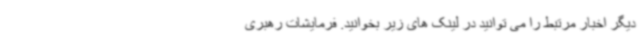
دیگر اخبار مرتبط را می توانید در لینک های زیر بخوانید. فرمایشات رهبری